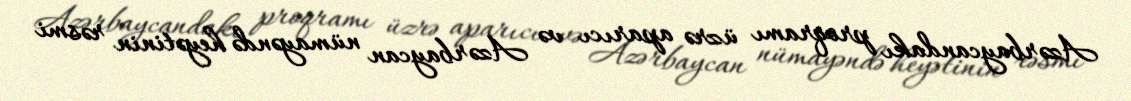
Azərbaycandakı proqramı üzrə aparıcı və Azərbaycan nümayəndə heyətinin rəsmi